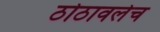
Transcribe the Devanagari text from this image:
ठोठावलेच